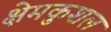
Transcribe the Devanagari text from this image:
क्षेमकुशल